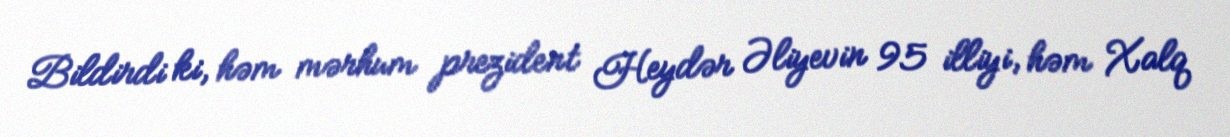
Bildirdi ki, həm mərhum prezident Heydər Əliyevin 95 illiyi, həm Xalq